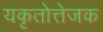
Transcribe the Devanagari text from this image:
यकृतोत्तेजक